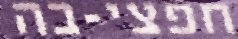
חפצי-בה